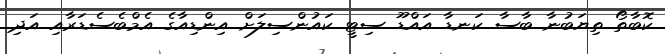
ކޮބާތޯ ތިޔަބުނާ ބާސާ ކަނޑާ އައްޑޫ ސިޓީ ކައުންސިލަށް އިންޑިއާގެ އެމްބެސެޑަރާއި އަދި